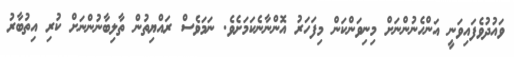
ވައުދުވެފައިވަނީ އަންހެނުންނަށް މިނިވަންކަން މިފަހަރު އޮންނާނެކަމަށެވެ. ނަމަވެސް ރައްޔިތުން ތާލިބާނުންނަށް ކުރި އިތުބާރު